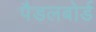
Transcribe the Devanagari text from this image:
पैडलबोर्ड